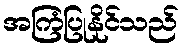
အကြံပြုနိုင်သည်